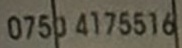
0750 4175516